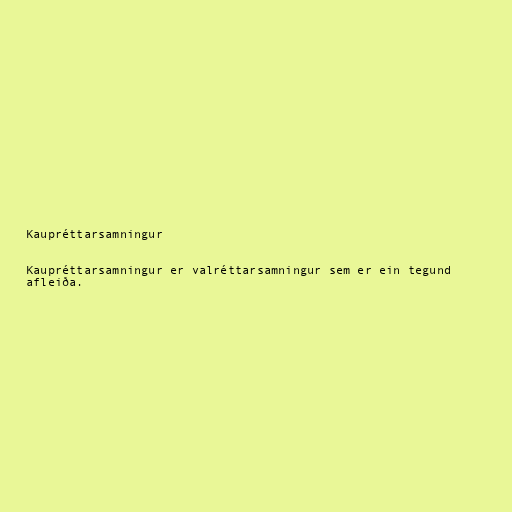
Kaupréttarsamningur

Kaupréttarsamningur er valréttarsamningur sem er ein tegund
afleiða.